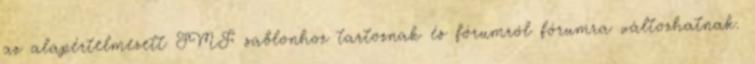
az alapértelmezett SMF sablonhoz tartoznak és fórumról fórumra változhatnak.